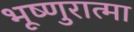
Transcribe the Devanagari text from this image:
भूष्णुरात्मा